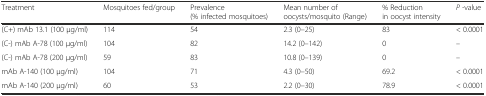
| Treatment | Mosquitoes fed/group | Prevalence (% infected mosquitoes) | Mean number of oocysts/mosquito (Range) | % Reduction in oocyst intensity | P -value |
 | --- | --- | --- | --- | --- | --- |
 | (C+) mAb 13.1 (100 μg/ml) | 114 | 54 | 2.3 (0–25) | 83 | < 0.0001 |
 | (C-) mAb A-78 (100 μg/ml) | 104 | 82 | 14.2 (0–142) | 0 | – |
 | (C-) mAb A-78 (200 μg/ml) | 59 | 83 | 10.8 (0–139) | 0 | – |
 | mAb A-140 (100 μg/ml) | 104 | 71 | 4.3 (0–50) | 69.2 | < 0.0001 |
 | mAb A-140 (200 μg/ml) | 60 | 53 | 2.2 (0–30) | 78.9 | < 0.0001 |